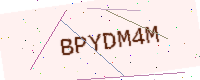
Text: BPYDM4M